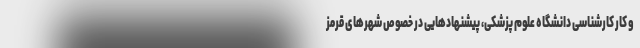
و کار کارشناسی دانشگاه علوم پزشکی، پیشنهادهایی در خصوص شهرهای قرمز